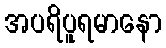
အပရိပူရမာနော